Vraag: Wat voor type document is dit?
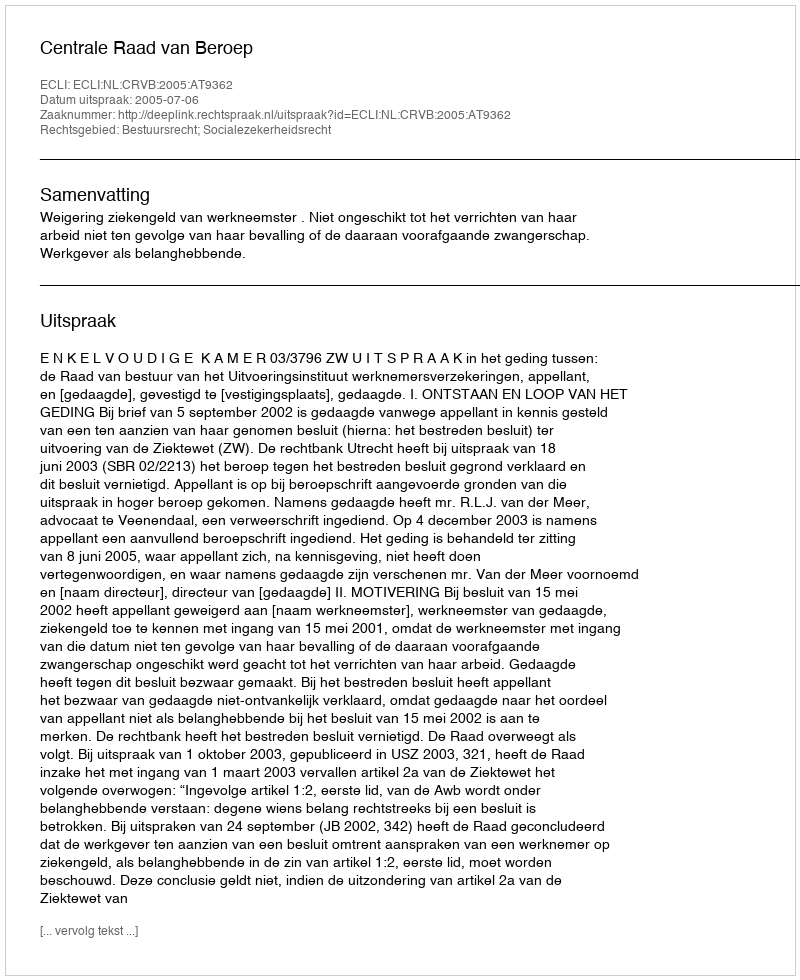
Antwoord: Uitspraak